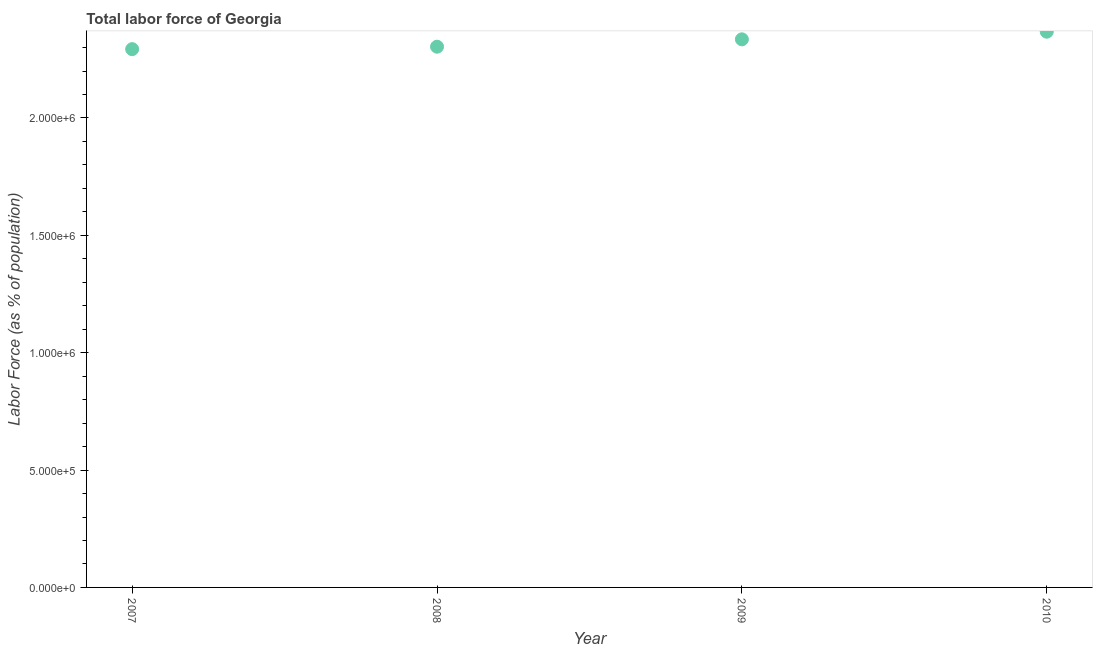
| Year | Labor force |
 | --- | --- |
 | 2007 | 2.29e+06 |
 | 2008 | 2.3e+06 |
 | 2009 | 2.33e+06 |
 | 2010 | 2.37e+06 |